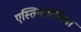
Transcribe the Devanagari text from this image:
एस्तिगारिबिया